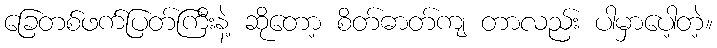
ခြေတစ်ဖက်ပြတ်ကြီးနဲ့ ဆိုတော့ စိတ်ဓာတ်ကျ တာလည်း ပါမှာပေါ့တဲ့။